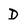
Character: D